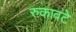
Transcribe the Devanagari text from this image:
रुकावटे